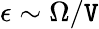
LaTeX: \epsilon\sim\Omega/\mathtt{V}